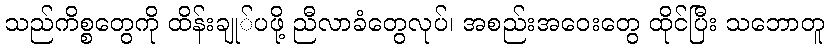
သည်ကိစ္စတွေကို ထိန်းချု်ပဖို့ ညီလာခံတွေလုပ်၊ အစည်းအဝေးတွေ ထိုင်ပြီး သဘောတူ